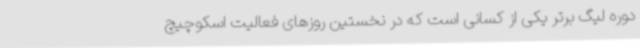
دوره لیگ برتر یکی از کسانی است که در نخستین روزهای فعالیت اسکوچیچ